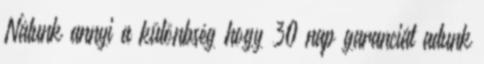
Nálunk annyi a különbség hogy 30 nap garanciát adunk